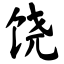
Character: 饶